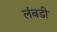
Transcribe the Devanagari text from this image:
लंबडी